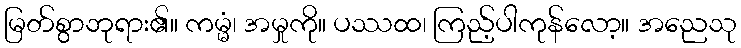
မြတ်စွာဘုရား၏။ ကမ္မံ၊ အမှုကို။ ပဿထ၊ ကြည့်ပါကုန်လော့။ အညေသု